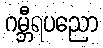
ဂမ္ဘီရပညော